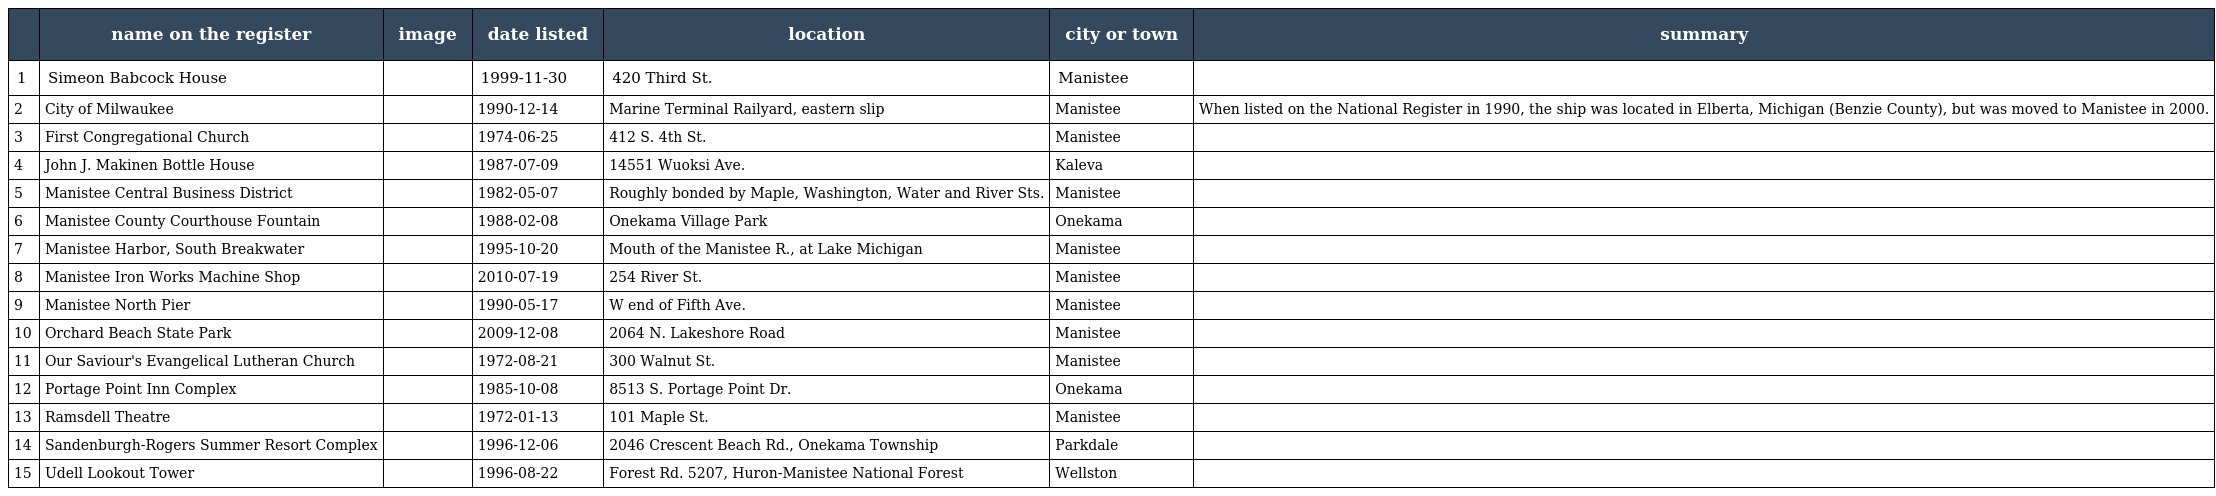
|  | name on the register | image | date listed | location | city or town | summary |
 | --- | --- | --- | --- | --- | --- | --- |
 | 1 | Simeon Babcock House |  | 1999-11-30 | 420 Third St. | Manistee |  |
 | 2 | City of Milwaukee |  | 1990-12-14 | Marine Terminal Railyard, eastern slip | Manistee | When listed on the National Register in 1990, the ship was located in Elberta, Michigan (Benzie County), but was moved to Manistee in 2000. |
 | 3 | First Congregational Church |  | 1974-06-25 | 412 S. 4th St. | Manistee |  |
 | 4 | John J. Makinen Bottle House |  | 1987-07-09 | 14551 Wuoksi Ave. | Kaleva |  |
 | 5 | Manistee Central Business District |  | 1982-05-07 | Roughly bonded by Maple, Washington, Water and River Sts. | Manistee |  |
 | 6 | Manistee County Courthouse Fountain |  | 1988-02-08 | Onekama Village Park | Onekama |  |
 | 7 | Manistee Harbor, South Breakwater |  | 1995-10-20 | Mouth of the Manistee R., at Lake Michigan | Manistee |  |
 | 8 | Manistee Iron Works Machine Shop |  | 2010-07-19 | 254 River St. | Manistee |  |
 | 9 | Manistee North Pier |  | 1990-05-17 | W end of Fifth Ave. | Manistee |  |
 | 10 | Orchard Beach State Park |  | 2009-12-08 | 2064 N. Lakeshore Road | Manistee |  |
 | 11 | Our Saviour's Evangelical Lutheran Church |  | 1972-08-21 | 300 Walnut St. | Manistee |  |
 | 12 | Portage Point Inn Complex |  | 1985-10-08 | 8513 S. Portage Point Dr. | Onekama |  |
 | 13 | Ramsdell Theatre |  | 1972-01-13 | 101 Maple St. | Manistee |  |
 | 14 | Sandenburgh-Rogers Summer Resort Complex |  | 1996-12-06 | 2046 Crescent Beach Rd., Onekama Township | Parkdale |  |
 | 15 | Udell Lookout Tower |  | 1996-08-22 | Forest Rd. 5207, Huron-Manistee National Forest | Wellston |  |